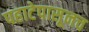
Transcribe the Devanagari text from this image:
पहाटेपासूनच